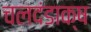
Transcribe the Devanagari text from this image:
चलदंडाक्ष